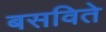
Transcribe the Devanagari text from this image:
बसविते